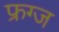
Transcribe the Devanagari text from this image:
फ्रग्ज